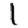
Digit: 1